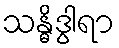
သန္ဓိဒွါရာ